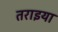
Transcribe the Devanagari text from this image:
तराइया